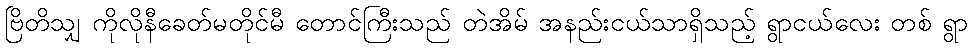
ဗြိတိသျှ ကိုလိုနီခေတ်မတိုင်မီ တောင်ကြီးသည် တဲအိမ် အနည်းငယ်သာရှိသည့် ရွာငယ်လေး တစ် ရွာ